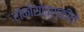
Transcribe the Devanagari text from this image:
रोकोसोव्स्कीने